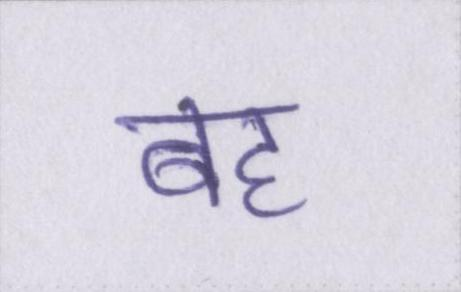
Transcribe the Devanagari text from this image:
बह